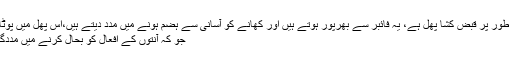
کیلے بھی قدرتی طور پر قبض کشا پھل ہے، یہ فائبر سے بھرپور ہوتے ہیں اور کھانے کو آسانی سے ہضم ہونے میں مدد دیتے ہیں،اس پھل میں پوٹاشیم بھی ہوتا ہے
جو کہ آنتوں کے افعال کو بحال کرنے میں مددگار ثابت ہوتا ہے۔